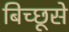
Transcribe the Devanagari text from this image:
बिच्छूसे